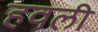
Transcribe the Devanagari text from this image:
हवली